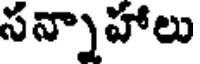
సన్నాహాలు